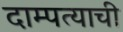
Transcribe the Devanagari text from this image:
दाम्पत्याची